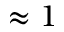
\approx 1